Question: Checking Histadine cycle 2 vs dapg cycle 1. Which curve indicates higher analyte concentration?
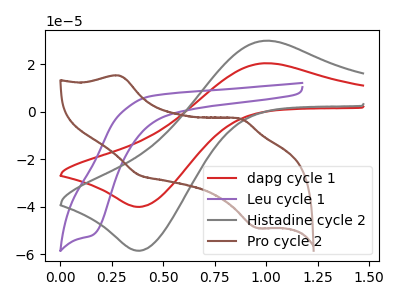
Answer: <think>The red curve "dapg cycle 1" has an anodic peak at (1.00V, 20.50uA) and a cathodic peak at (0.40V, -40.00uA). The purple curve "Leu cycle 1" has a cathodic peak at: (0.15V, -51.90uA). The gray curve "Histadine cycle 2" has an anodic peak at (1.00V, 29.95uA) and a cathodic peak at (0.40V, -58.45uA). The brown curve "Pro cycle 2" has anodic peaks at (0.30V, 15.25uA) (0.85V, -2.85uA) and cathodic peaks at (0.40V, -26.45uA) (0.95V, -48.95uA).
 All the peaks in "Histadine cycle 2" have a peak in "dapg cycle 1" at the same potential. Every peak in "Histadine cycle 2" is higher than every peak in "dapg cycle 1".</think>
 <answer>"Histadine cycle 2" has more signal than "dapg cycle 1" and so likely has a higher concentration.</answer>
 <eval>more_concentration</eval>